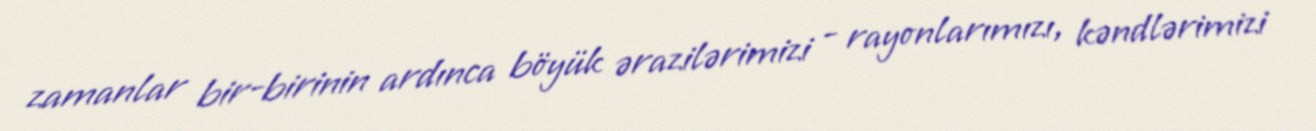
zamanlar bir-birinin ardınca böyük ərazilərimizi - rayonlarımızı, kəndlərimizi